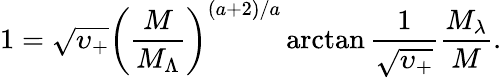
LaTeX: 1=\sqrt{\upsilon_{+}}\left(\frac{M}{M_{\Lambda}}\right)^{(a+2)/a}\arctan\frac{1}{\sqrt{\upsilon_{+}}}\frac{M_{\lambda}}{M}.